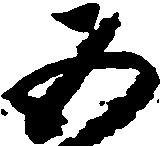
五